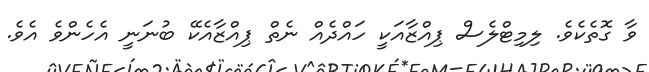
ވާ ގޮތެކެވެ. ލިމިޓްލެސް ޕިއްޒާއަކީ ހައްދެއް ނެތް ޕިއްޒާއެކޭ ބުނަނީ އެހެންވެ އެވެ.